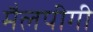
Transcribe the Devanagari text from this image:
मैलपीगी